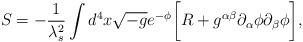
LaTeX: \begin{align*}S= - \frac{1}{\lambda^2_{s}}\int d^4 x \sqrt{-g} e^{-\phi} \biggl[ R + g^{\alpha\beta}\partial_{\alpha}\phi\partial_{\beta} \phi \biggr],\end{align*}